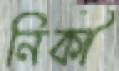
নিকী